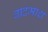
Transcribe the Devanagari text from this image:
बादमाश